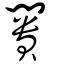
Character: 闠